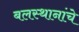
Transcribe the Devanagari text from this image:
बलस्थानांचे